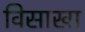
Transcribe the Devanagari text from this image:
विसाखा